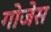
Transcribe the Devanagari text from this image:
गोजेस